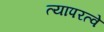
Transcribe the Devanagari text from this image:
त्यापरत्वे